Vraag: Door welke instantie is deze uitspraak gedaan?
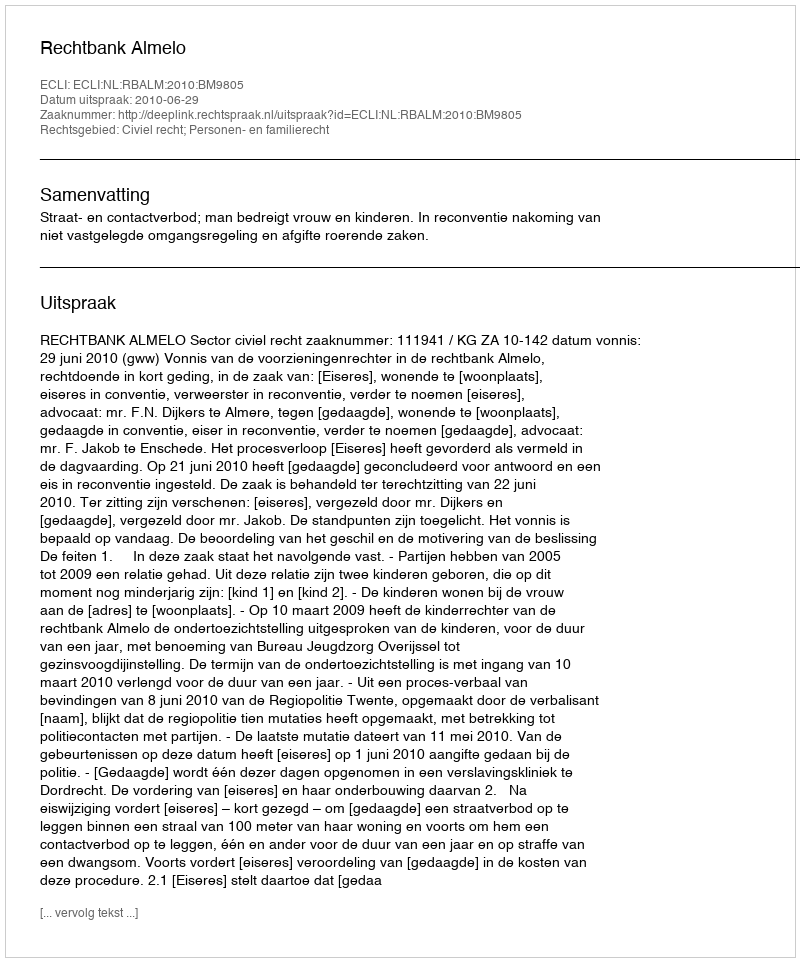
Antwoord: Rechtbank Almelo